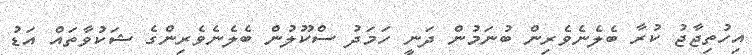
އިހުތިޖާޖު ކުރާ ބެލެނެވެރިން ބުނަމުން ދަނީ ހަމަދު ސްކޫލުން ބެލެނެވެރިންގެ ޝަކުވާތައް އަޑު